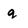
Character: q